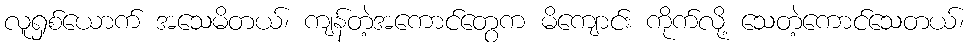
လူရှစ်ယောက် အသေမိတယ်၊ ကျန်တဲ့အကောင်တွေက မိကျောင်း ကိုက်လို့ သေတဲ့ကောင်သေတယ်၊